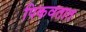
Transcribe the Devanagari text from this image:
पिकवतात